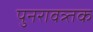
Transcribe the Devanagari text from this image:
पुनरावत्र्तक